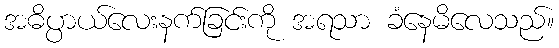
အဓိပ္ပာယ်လေးနက်ခြင်းကို အရသာ ခံနေမိလေသည်။